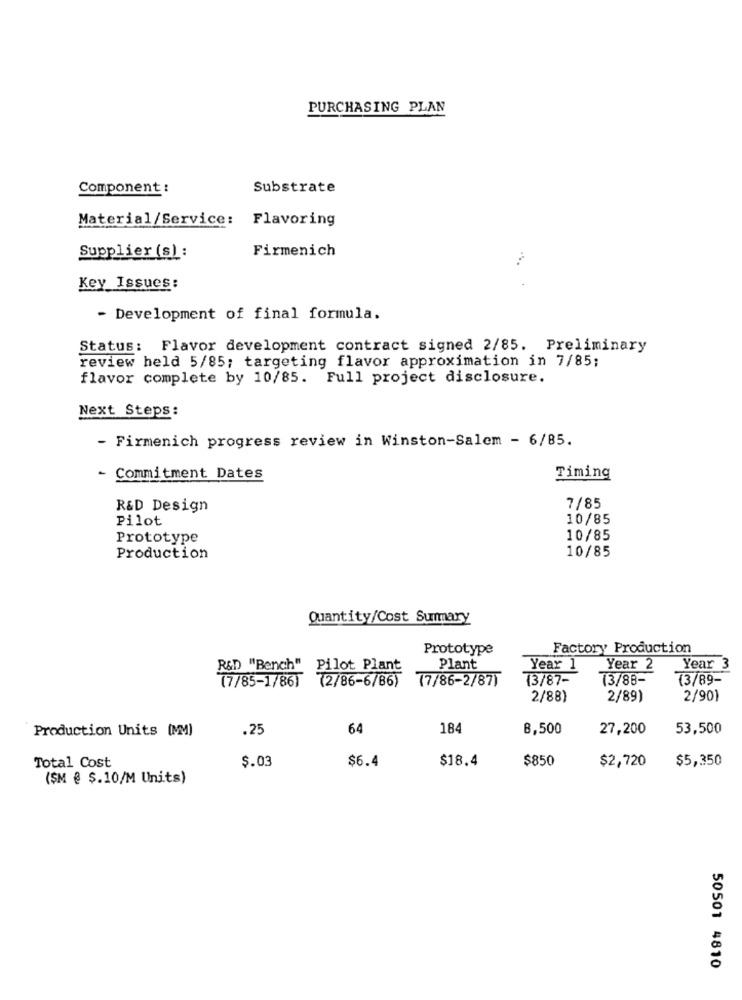
PURCHASING PLAN
Component :
Substrate
Material/Service: Flavoring
Firmenich
Supplier (s) :
Key Issues:
- Development of final formula.
Status: Flavor development contract signed 2/85. Preliminary
review held 5/85; targeting flavor approximation in 7/85;
flavor complete by 10/85. Full project disclosure.
Next Steps:
- Firmenich progress review in Winston-Salem - 6/85.
Commitment Dates
Timing
R&D Design
7/85
Pilot
10/85
Prototype
10/85
Production
10/85
Quantity/Cost Summary
Prototype
Factory Production
R&D "Bench" Pilot Plant
Plant
Year 1
Year 2
Year
(2/86-6/86)
(7/86-2/87)
(3/87-
(3/88-
(3/89-
(7/85-1/86)
2/88)
2/89)
2/901
Production Units (MM)
.25
64
184
8,500
27,200
53,500
Total Cost
$.03
$18.4
$850
$2,720
$5,350
$6.4
($M @ $.10/M Units)
50501 4810